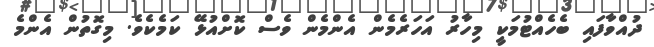
ދުއްވާފައި ބެހެއްޓުމަކީ މިހާރު އަހަރެމެން އެންމެން ވެސް ކޮށްއުޅޭ ކަމެކެވެ. މިގޮތުން އެންމެ